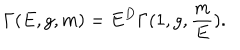
LaTeX: \Gamma ( E , g , m ) = E ^ { D } \Gamma ( 1 , g , \frac { m } { E } ) .